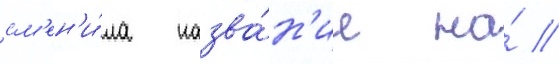
см'ен'и́ла назва́н'ие на́ //